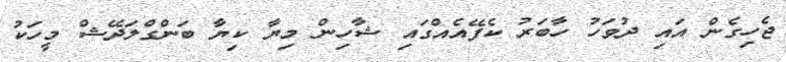
ޖެހިގެން އައި ދުވަހު ހާބަރު ކެފޭއެއްގައި ޝާހިން މިޔާ ކިޔާ ބަންގްލަދޭޝް މީހަކު